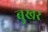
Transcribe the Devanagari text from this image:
बुखर